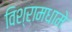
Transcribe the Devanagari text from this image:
विश्रामधामे